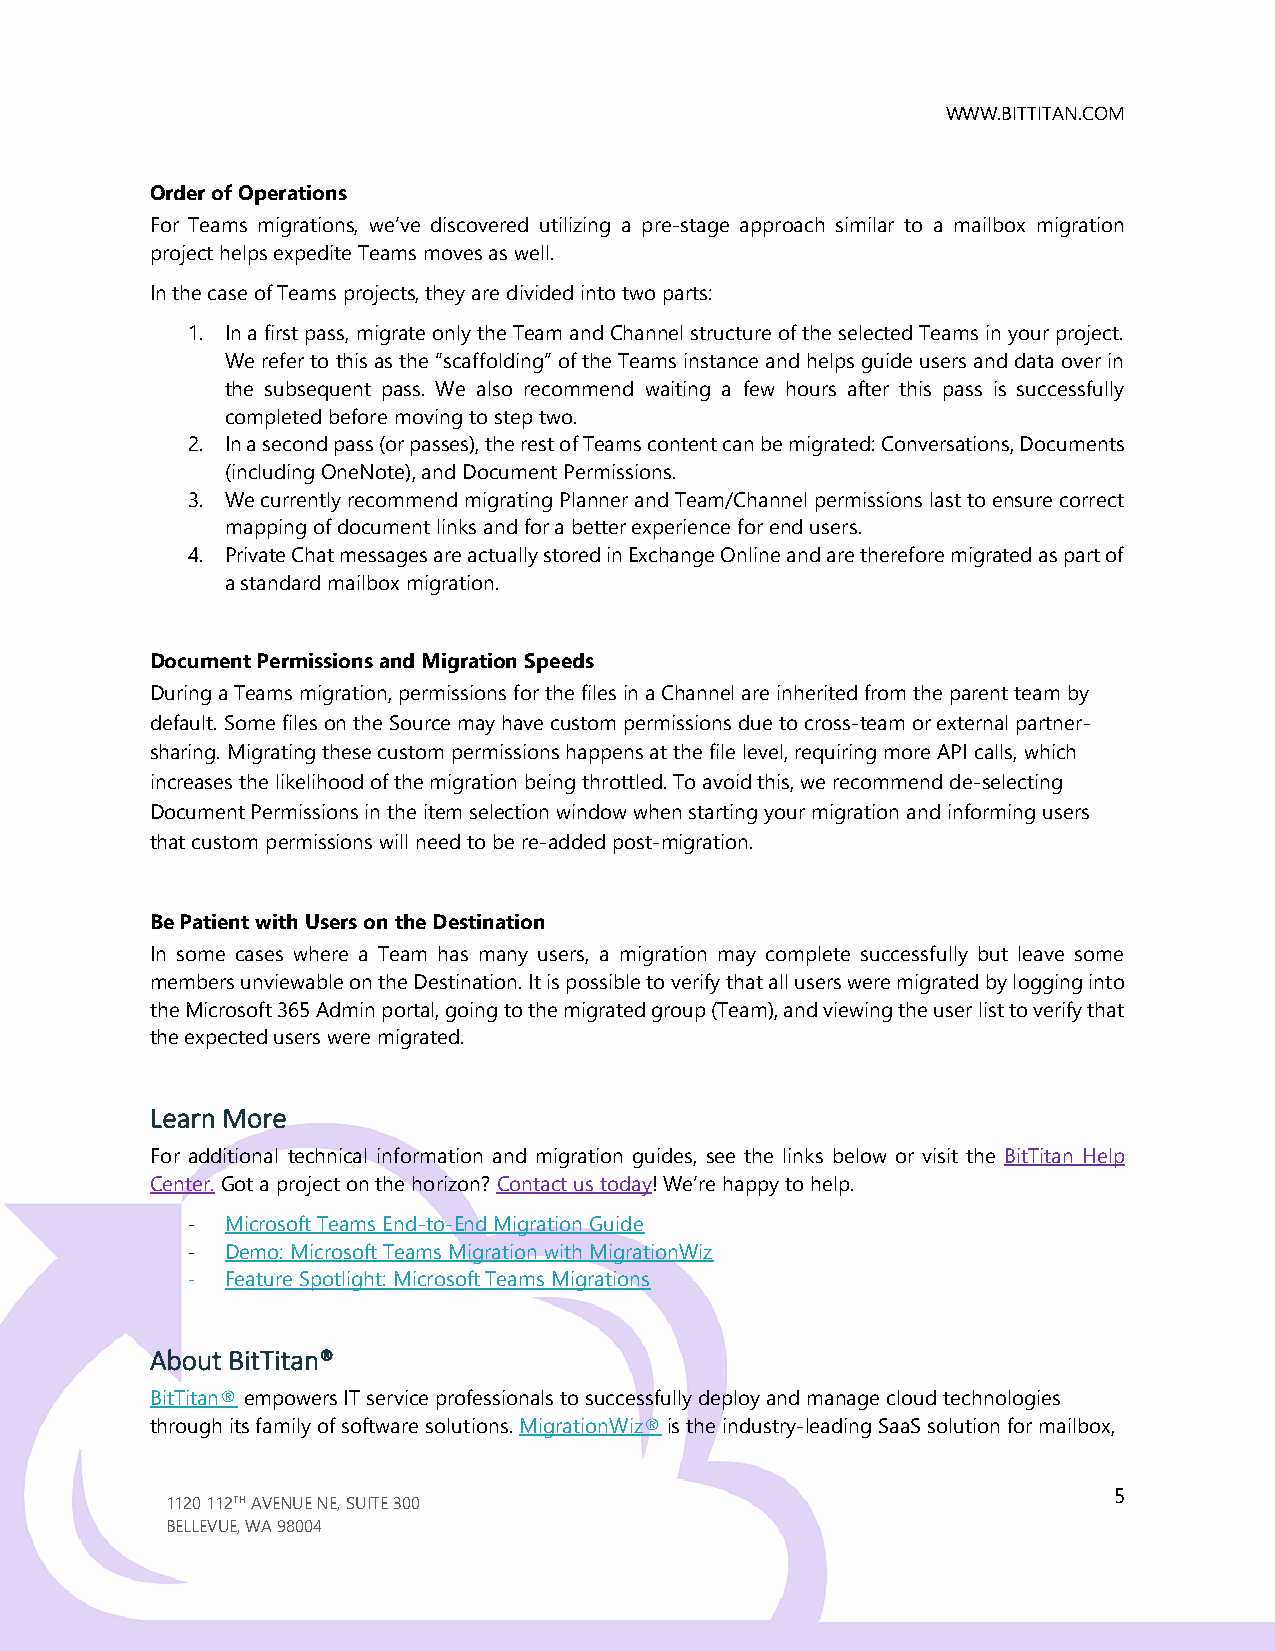
WWW.BITTITAN.COM
 Order of Operations
 For Teams migrations, we’ve discovered utilizing a pre-stage approach similar to a mailbox migration
 project helps expedite Teams moves as well.
 In the case of Teams projects, they are divided into two parts:
 1. In a first pass, migrate only the Team and Channel structure of the selected Teams in your project.
 We refer to this as the “scaffolding” of the Teams instance and helps guide users and data over in
 the subsequent pass. We also recommend waiting a few hours after this pass is successfully
 completed before moving to step two.
 2. In a second pass (or passes), the rest of Teams content can be migrated: Conversations, Documents
 (including OneNote), and Document Permissions.
 3. We currently recommend migrating Planner and Team/Channel permissions last to ensure correct
 mapping of document links and for a better experience for end users.
 4. Private Chat messages are actually stored in Exchange Online and are therefore migrated as part of
 a standard mailbox migration.
 Document Permissions and Migration Speeds
 During a Teams migration, permissions for the files in a Channel are inherited from the parent team by
 default. Some files on the Source may have custom permissions due to cross-team or external partner-
 sharing. Migrating these custom permissions happens at the file level, requiring more API calls, which
 increases the likelihood of the migration being throttled. To avoid this, we recommend de-selecting
 Document Permissions in the item selection window when starting your migration and informing users
 that custom permissions will need to be re-added post-migration.
 Be Patient with Users on the Destination
 In some cases where a Team has many users, a migration may complete successfully but leave some
 members unviewable on the Destination. It is possible to verify that all users were migrated by logging into
 the Microsoft 365 Admin portal, going to the migrated group (Team), and viewing the user list to verify that
 the expected users were migrated.
 Learn More
 For additional technical information and migration guides, see the links below or visit the BitTitan Help
 Center. Got a project on the horizon? Contact us today! We’re happy to help.
 -  Microsoft Teams End-to-End Migration Guide
 -  Demo: Microsoft Teams Migration with MigrationWiz
 -  Feature Spotlight: Microsoft Teams Migrations
 About BitTitan®
 BitTitan® empowers IT service professionals to successfully deploy and manage cloud technologies
 through its family of software solutions. MigrationWiz® is the industry-leading SaaS solution for mailbox,
 5
 1120 112TH AVENUE NE, SUITE 300
 BELLEVUE, WA 98004